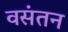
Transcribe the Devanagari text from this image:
वसंतन